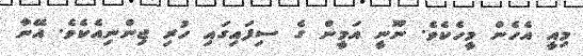
މިއީ އެހެން މީހެކެވެ. ނޫނީ އަމީން ގެ ސިފައިގައި ހުރި ޖިންނިއެކެވެ. އޭނާ